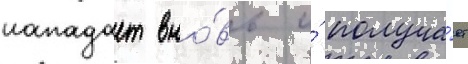
нападает вно́вь и́ получа́ет